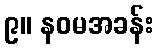
၉။ နဝမအခန်း